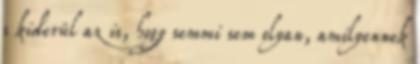
s kiderül az is, hogy semmi sem olyan, amilyennek